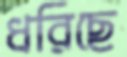
ধরিছে